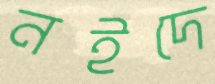
নইদে